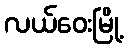
လယ်ဝေးမြို့